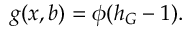
g ( x , b ) = \phi ( h _ { G } - 1 ) .